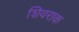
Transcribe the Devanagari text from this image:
शिवराक